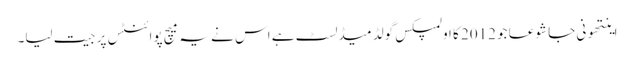
اینتھونی جا شوعا جو 2012 کا اولمپکس گولڈ میڈلسٹ ہے اس نے یہ میچ پوائنٹس پر جیت لیا۔